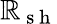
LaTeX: \mathbb{R}_{\mathrm{{~s~h~}}}